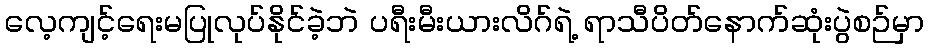
လေ့ကျင့်ရေးမပြုလုပ်နိုင်ခဲ့ဘဲ ပရီးမီးယားလိဂ်ရဲ့ ရာသီပိတ်နောက်ဆုံးပွဲစဉ်မှာ